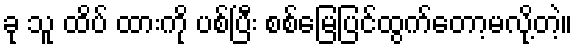
ခု သူ ထိပ် ထားကို ပစ်ပြီး စစ်မြေပြင်ထွက်တော့မလို့တဲ့။